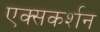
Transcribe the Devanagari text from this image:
एक्सकर्शन